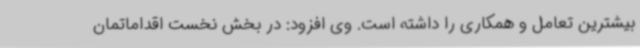
بیشترین تعامل و همکاری را داشته است. وی افزود: در بخش نخست اقداماتمان